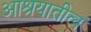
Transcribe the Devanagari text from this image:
आश्रयातील